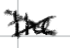
Text: the
Cross-out: mix
Writing tool: digital_black